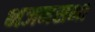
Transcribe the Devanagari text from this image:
भजनसभा